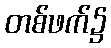
တစ်ဖက်၌